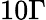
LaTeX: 10\Gamma